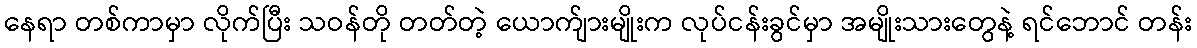
နေရာ တစ်ကာမှာ လိုက်ပြီး သဝန်တို တတ်တဲ့ ယောက်ျားမျိုးက လုပ်ငန်းခွင်မှာ အမျိုးသားတွေနဲ့ ရင်ဘောင် တန်း